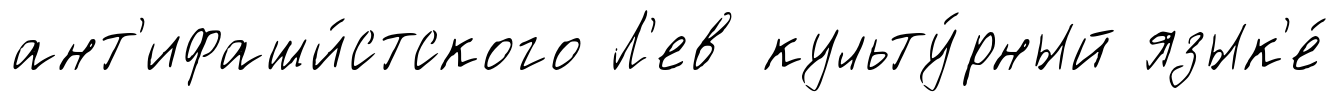
ант'ифаши́стского Л'ев культу́рный язык'е́